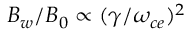
B _ { w } / B _ { 0 } \propto ( \gamma / \omega _ { c e } ) ^ { 2 }